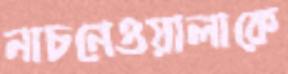
নাচনেওয়ালাকে